Leaving Certificate Examination (including Day School Certificate (Higher) General paper), 1938
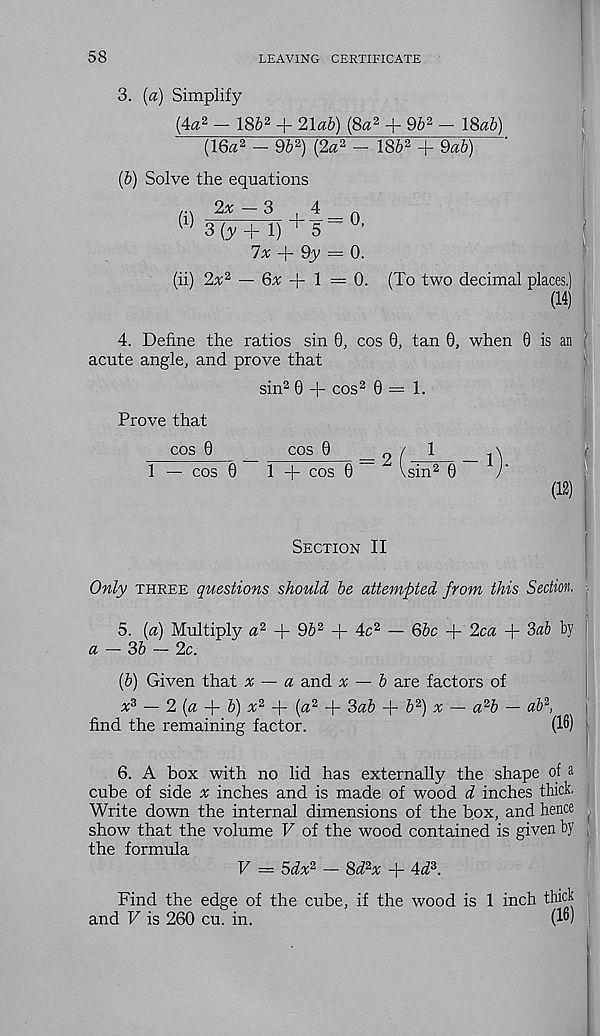
58
LEAVING CERTIFICATE
3. (a) Simplify
(4a 2 - 185 2 + 21ab) (8a 2 + 9b 2 - 18a&)
(16a 2 - 9b 2 ) (2a 2 - 18& 2 + 9ab)
(b) Solve the equations
W 3 (y + 1) + 5" °’
7x
9y = 0.
(ii) 2% 2 — 6^ + 1 = 0. (To two decimal places,)
(14)
4. Define the ratios sin 0, cos 0, tan 0, when 0 is an
acute angle, and prove that
sin 2 0 -j- cos 2 0=1.
Prove that
cos 0
cos 0
^ / 1
1 — cos 0
1 + cos 0
= 2
sin 2 0
1 .
(12)
Section II
Only three questions should be attempted from this Section. :
5. (a) Multiply a 2 + 9& 2 + 4c 2
a — 3b — 2c.
6bc + 2ca + Sab by
(b) Given that x — a and x — b are factors of
x* — 2 (a
b) x 2
(a 2 + 3aZ>
b 2 ) x — a 2 b — ab 2 ,
find the remaining factor.
(16)
6. A box with no lid has externally the shape of a
cube of side x inches and is made of wood d inches thick,
Write down the internal dimensions of the box, and hence
show that the volume V of the wood contained is given by
the formula
V = 5dx 2 - 8d 2 x + 4^3.
Find the edge of the cube, if the wood is 1 inch thick
and V is 260 cu. in.
(16)